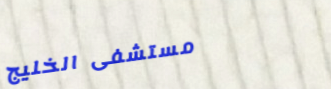
مستشفى الخليج